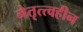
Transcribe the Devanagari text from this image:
नेतृत्त्वहीन